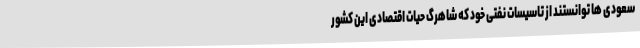
سعودی ها توانستند از تاسیسات نفتی خود که شاهرگ حیات اقتصادی این کشور